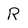
Character: R